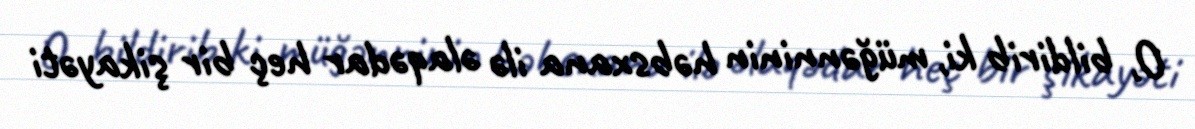
O, bildirib ki, müğənninin həbsxana ilə əlaqədar heç bir şikayəti